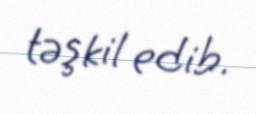
təşkil edib.